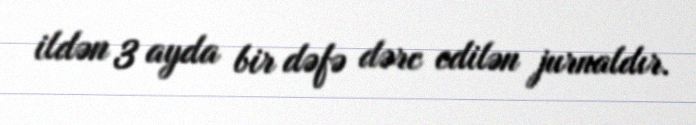
ildən 3 ayda bir dəfə dərc edilən jurnaldır.